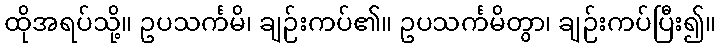
ထိုအရပ်သို့။ ဥပသင်္ကမိ၊ ချဉ်းကပ်၏။ ဥပသင်္ကမိတွာ၊ ချဉ်းကပ်ပြီး၍။